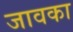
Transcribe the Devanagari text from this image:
जावका